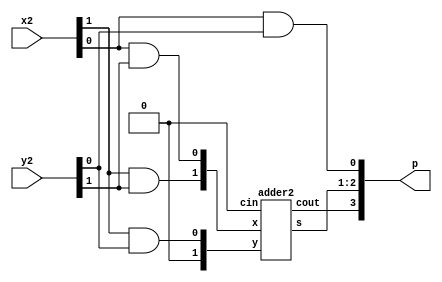
module mult2(x2,y2,p);
input [1:0]x2,y2;
output [3:0]p;
wire [1:0]a,b;
assign b[0]=x2[1]&y2[0];
assign a[0]=x2[0]&y2[1];
assign a[1]=x2[1]&y2[1];
assign b[1]=1'b0;
assign p[0]=x2[0]&y2[0];
adder2 stage0(a,b,1'b0,p[2:1],p[3]);
endmodule

module adder2(x,y,cin,s,cout);
input [1:0]x,y;
input cin;
output [1:0]s;
output cout;
wire c1;
fulladder stage0(x[0],y[0],cin,s[0],c1);
fulladder stage1(x[1],y[1],c1,s[1],cout);
endmodule

module fulladder(x1,y1,Cin,Sum,Cout);
input x1,y1,Cin;
output Sum,Cout;
assign Sum=x1^y1^Cin;
assign Cout = (x1&y1)|(x1&Cin)|(y1&Cin);
endmodule